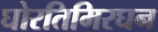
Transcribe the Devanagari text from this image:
घोरतिमिरघन